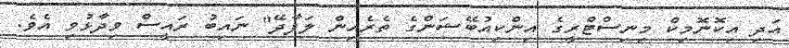
އަދި އިކޮނޮމިކް މިނިސްޓްރީގެ އިންކިއުބޭޝަންގެ ތެރެއިން ލަފާދޭ" ނައިބު ރައީސް ވިދާޅުވި އެވެ.